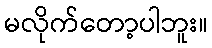
မလိုက်တော့ပါဘူး။